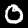
Label: 0